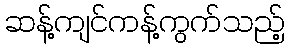
ဆန့်ကျင်ကန့်ကွက်သည့်